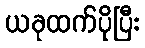
ယခုထက်ပိုပြီး